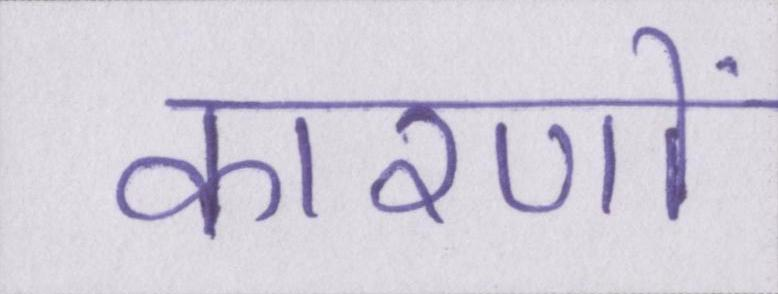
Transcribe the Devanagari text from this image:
कारणों